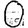
Digit: 0